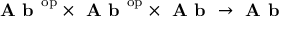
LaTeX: { \textbf { A b } } ^ { \mathrm { o p } } \times { \textbf { A b } } ^ { \mathrm { o p } } \times { \textbf { A b } } \to { \textbf { A b } }